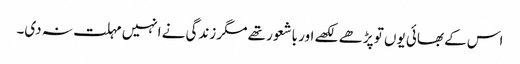
اس کے بھائی یوں تو پڑھے لکھے اور باشعور تھے مگر زندگی نے انہیں مہلت نہ دی۔